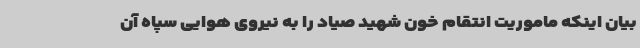
بیان اینکه ماموریت انتقام خون شهید صیاد را به نیروی هوایی سپاه آن